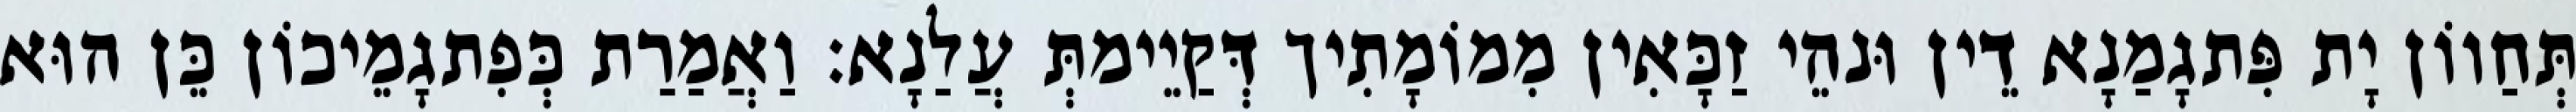
תְּחַווֹן יָת פִּתגָמַנָא דֵין וּנהֵי זַכָּאִין מִמוֹמָתִיך דְּקַיֵימתְּ עֲלַנָא׃ וַאֲמַרַת כְּפִתגָמֵיכוֹן כֵּן הוּא